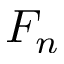
F _ { n }